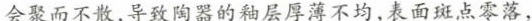
会聚而不散，导致陶器的釉层厚薄不均，表面斑点零落，